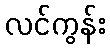
လင်ကွန်း